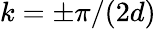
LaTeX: k=\pm\pi/(2d)